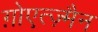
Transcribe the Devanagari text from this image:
ग़ोएत्ज़्मैन